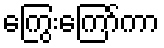
ကြွေးကြော်ကာ